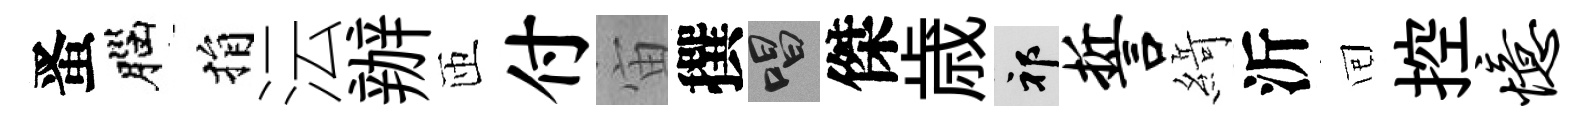
󱉠腦捐沄辦匝付宙撰唱傑歳祁誓𦂶沂囘控忆